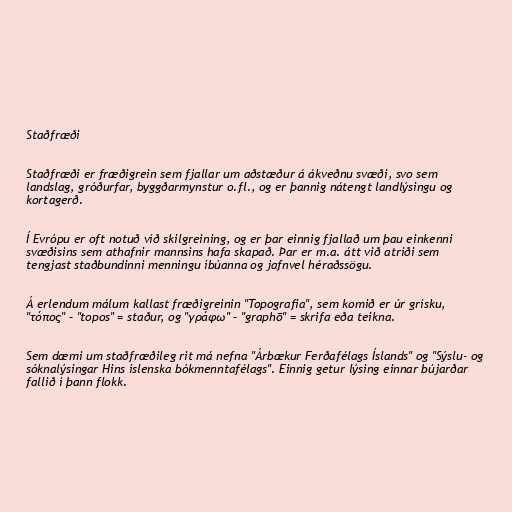
Staðfræði

Staðfræði er fræðigrein sem fjallar um aðstæður á ákveðnu svæði, svo sem
landslag, gróðurfar, byggðarmynstur o.fl., og er þannig nátengt landlýsingu og
kortagerð.

Í Evrópu er oft notuð víð skilgreining, og er þar einnig fjallað um þau einkenni
svæðisins sem athafnir mannsins hafa skapað. Þar er m.a. átt við atriði sem
tengjast staðbundinni menningu íbúanna og jafnvel héraðssögu.

Á erlendum málum kallast fræðigreinin "Topografia", sem komið er úr grísku,
"τόπος" – "topos" = staður, og "γράφω" – "graphō" = skrifa eða teikna.

Sem dæmi um staðfræðileg rit má nefna "Árbækur Ferðafélags Íslands" og "Sýslu- og
sóknalýsingar Hins íslenska bókmenntafélags". Einnig getur lýsing einnar bújarðar
fallið í þann flokk.